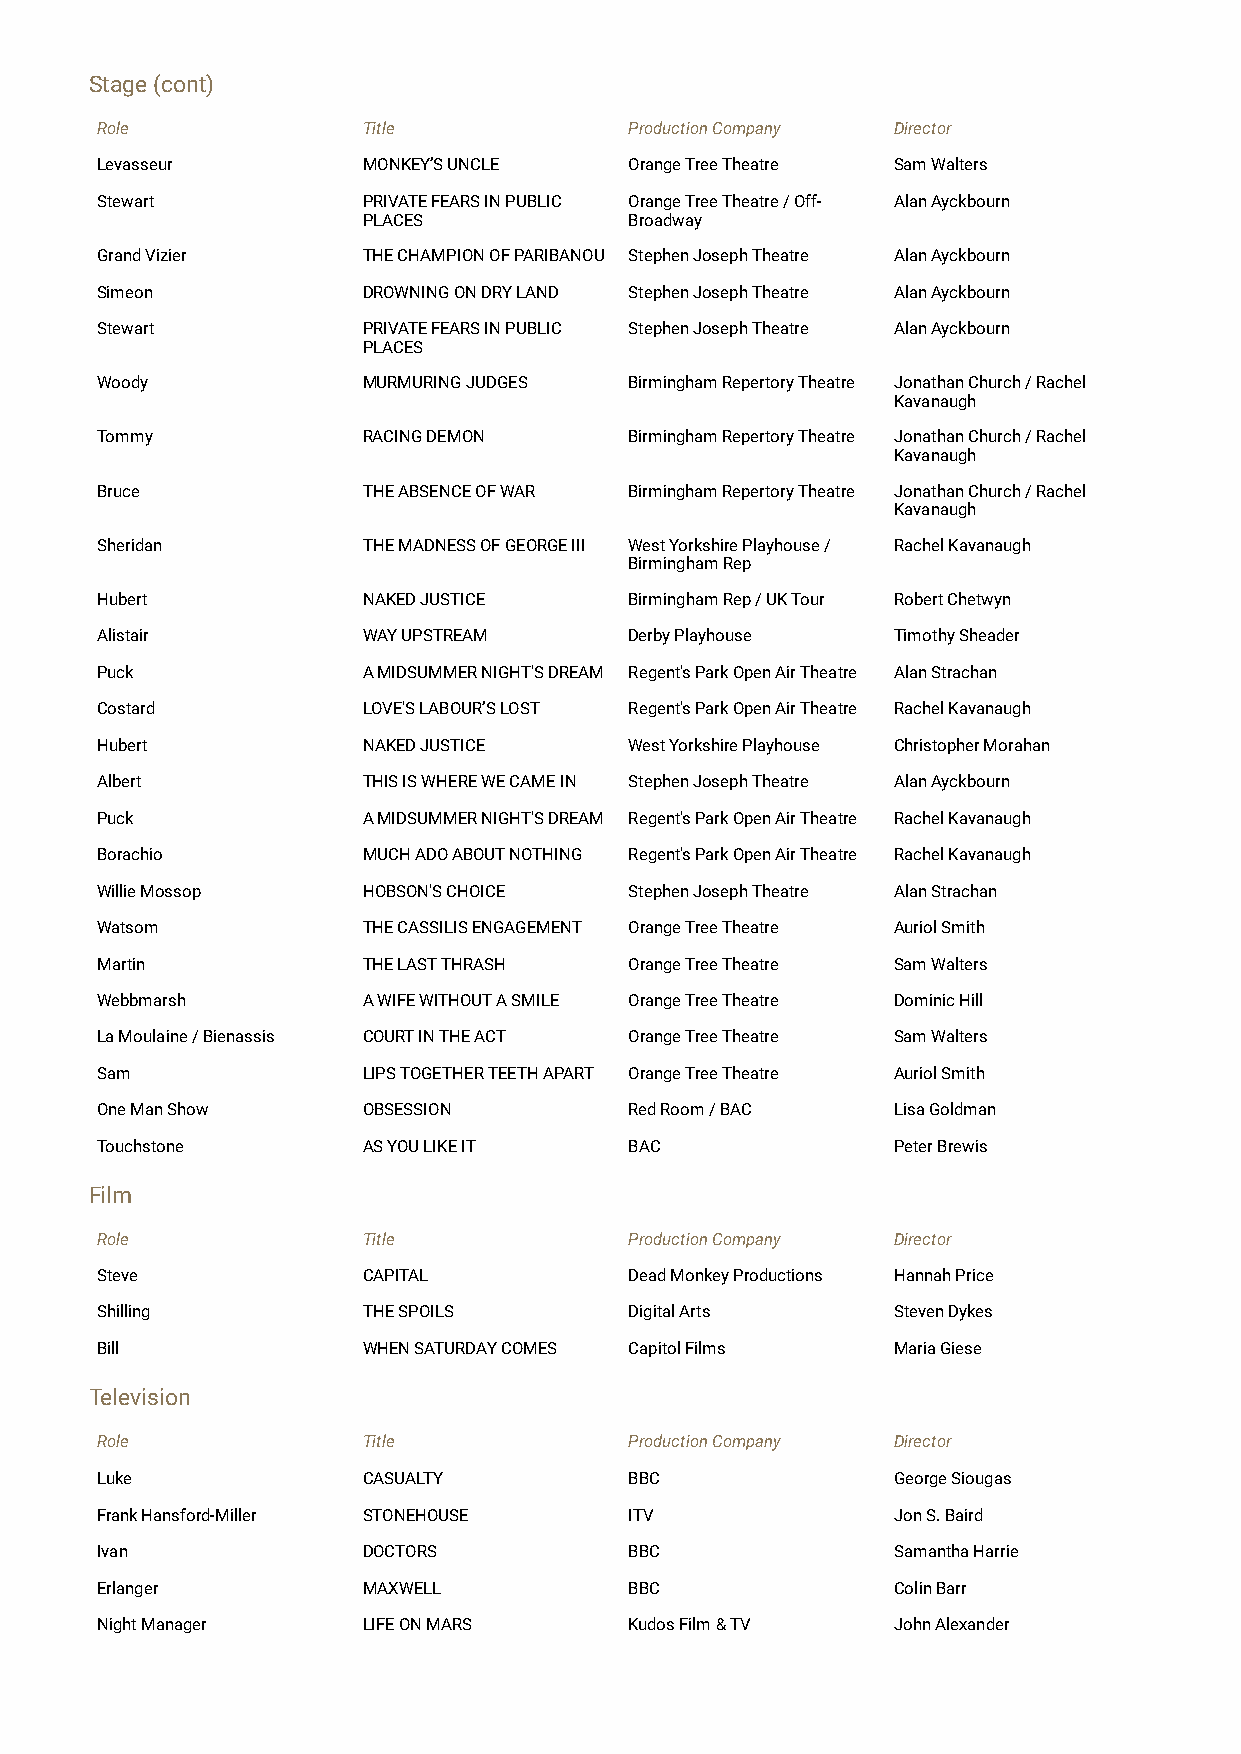
Stage (cont)
 Role              Title             Production Company Director
 Levasseur         MONKEY’S UNCLE    Orange Tree Theatre Sam Walters
 Stewart           PRIVATE FEARS IN PUBLIC Orange Tree Theatre / Off- Alan Ayckbourn
 PLACES            Broadway
 Grand Vizier      THE CHAMPION OF PARIBANOU Stephen Joseph Theatre Alan Ayckbourn
 Simeon            DROWNING ON DRY LAND Stephen Joseph Theatre Alan Ayckbourn
 Stewart           PRIVATE FEARS IN PUBLIC Stephen Joseph Theatre Alan Ayckbourn
 PLACES
 Woody             MURMURING JUDGES  Birmingham Repertory Theatre Jonathan Church / Rachel
 Kavanaugh
 Tommy             RACING DEMON      Birmingham Repertory Theatre Jonathan Church / Rachel
 Kavanaugh
 Bruce             THE ABSENCE OF WAR Birmingham Repertory Theatre Jonathan Church / Rachel
 Kavanaugh
 Sheridan          THE MADNESS OF GEORGE III West Yorkshire Playhouse / Rachel Kavanaugh
 Birmingham Rep
 Hubert            NAKED JUSTICE     Birmingham Rep / UK Tour Robert Chetwyn
 Alistair          WAY UPSTREAM      Derby Playhouse  Timothy Sheader
 Puck              A MIDSUMMER NIGHT'S DREAM Regent's Park Open Air Theatre Alan Strachan
 Costard           LOVE'S LABOUR’S LOST Regent's Park Open Air Theatre Rachel Kavanaugh
 Hubert            NAKED JUSTICE     West Yorkshire Playhouse Christopher Morahan
 Albert            THIS IS WHERE WE CAME IN Stephen Joseph Theatre Alan Ayckbourn
 Puck              A MIDSUMMER NIGHT'S DREAM Regent's Park Open Air Theatre Rachel Kavanaugh
 Borachio          MUCH ADO ABOUT NOTHING Regent's Park Open Air Theatre Rachel Kavanaugh
 Willie Mossop     HOBSON'S CHOICE   Stephen Joseph Theatre Alan Strachan
 Watsom            THE CASSILIS ENGAGEMENT Orange Tree Theatre Auriol Smith
 Martin            THE LAST THRASH   Orange Tree Theatre Sam Walters
 Webbmarsh         A WIFE WITHOUT A SMILE Orange Tree Theatre Dominic Hill
 La Moulaine / Bienassis COURT IN THE ACT Orange Tree Theatre Sam Walters
 Sam               LIPS TOGETHER TEETH APART Orange Tree Theatre Auriol Smith
 One Man Show      OBSESSION         Red Room / BAC   Lisa Goldman
 Touchstone        AS YOU LIKE IT    BAC              Peter Brewis
 Film
 Role              Title             Production Company Director
 Steve             CAPITAL           Dead Monkey Productions Hannah Price
 Shilling          THE SPOILS        Digital Arts     Steven Dykes
 Bill              WHEN SATURDAY COMES Capitol Films  Maria Giese
 Television
 Role              Title             Production Company Director
 Luke              CASUALTY          BBC              George Siougas
 Frank Hansford-Miller STONEHOUSE    ITV              Jon S. Baird
 Ivan              DOCTORS           BBC              Samantha Harrie
 Erlanger          MAXWELL           BBC              Colin Barr
 Night Manager     LIFE ON MARS      Kudos Film & TV  John Alexander